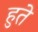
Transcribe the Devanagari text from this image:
हुते